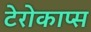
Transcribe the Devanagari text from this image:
टेरोकाप्स